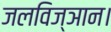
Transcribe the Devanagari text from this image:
जलविज्ञान।